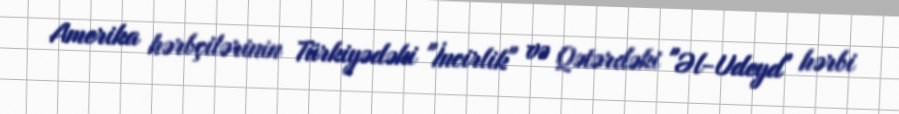
Amerika hərbçilərinin Türkiyədəki "İncirlik" və Qətərdəki "Əl-Udeyd" hərbi